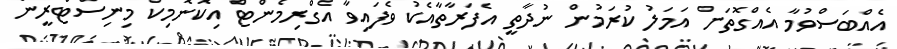
އެއްބަސްވުމާ އެއްގޮތަށް އަމަލު ކުރަމުން ނުދާތީ އެފަރާތާއެކު ވެފައިވާ އެގްރިމެންޓް އިކޮނޮމިކް މިނިސްޓްރީން